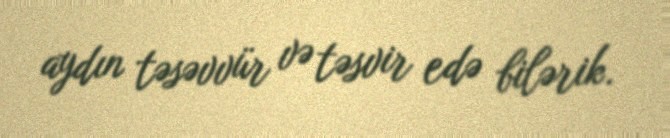
aydın təsəvvür və təsvir edə bilərik.